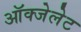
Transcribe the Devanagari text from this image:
ऑक्‍जेलेट